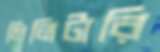
মিলিটারি